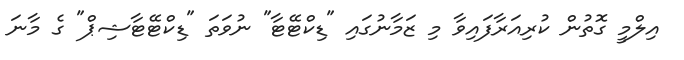
އިލްމީ ގޮތުން ކުރިއަރާފައިވާ މި ޒަމާނުގައި "ޑިކްޓޭޓާ" ނުވަތަ "ޑިކްޓޭޓާޝިޕް" ގެ މާނަ